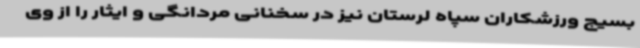
بسیج ورزشکاران سپاه لرستان نیز در سخنانی مردانگی و ایثار را از وی